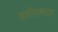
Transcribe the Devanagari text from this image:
काशीनाथराव